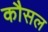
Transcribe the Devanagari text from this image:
कौसल